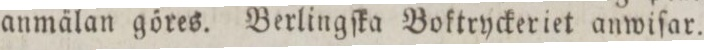
anmälan göres. Berlingſka Boktryckeriet anwiſar.